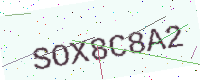
Text: SOX8C8A2